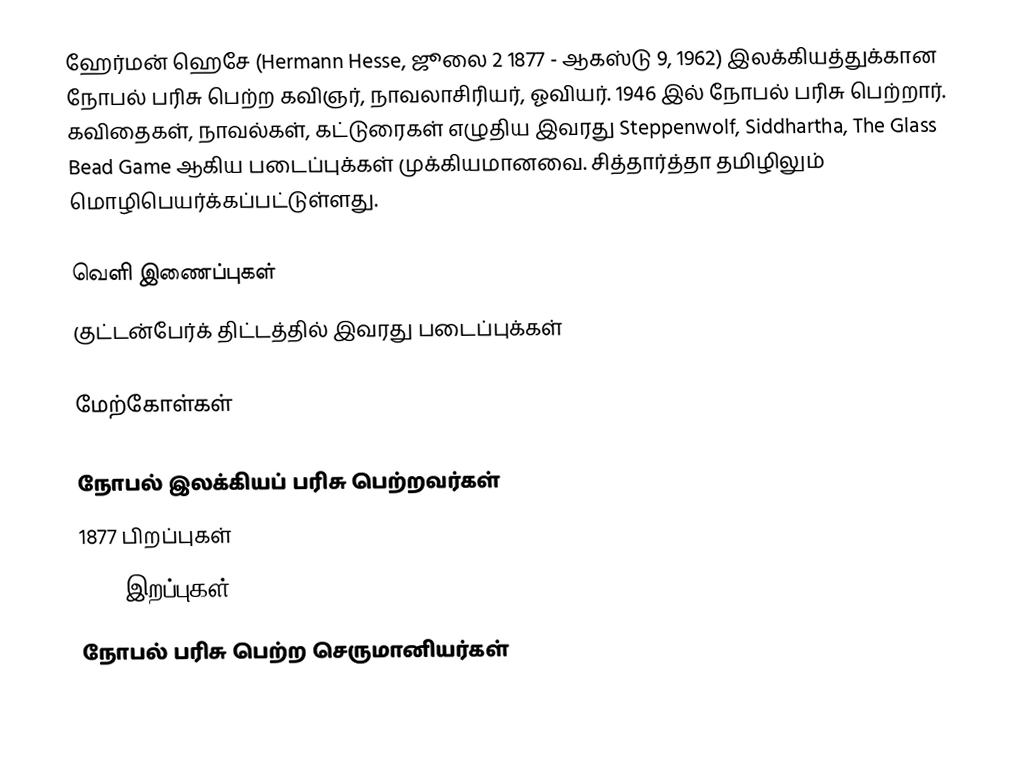
ஹேர்மன் ஹெசே (Hermann Hesse, ஜூலை 2 1877 - ஆகஸ்டு 9, 1962) இலக்கியத்துக்கான நோபல் பரிசு பெற்ற கவிஞர், நாவலாசிரியர், ஓவியர். 1946 இல் நோபல் பரிசு பெற்றார். கவிதைகள், நாவல்கள், கட்டுரைகள் எழுதிய இவரது Steppenwolf, Siddhartha, The Glass Bead Game ஆகிய படைப்புக்கள் முக்கியமானவை. சித்தார்த்தா தமிழிலும் மொழிபெயர்க்கப்பட்டுள்ளது.

வெளி இணைப்புகள்
 குட்டன்பேர்க் திட்டத்தில் இவரது படைப்புக்கள்

மேற்கோள்கள்

நோபல் இலக்கியப் பரிசு பெற்றவர்கள்
1877 பிறப்புகள்
1962 இறப்புகள்
நோபல் பரிசு பெற்ற செருமானியர்கள்